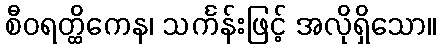
စီဝရတ္ထိကေန၊ သင်္ကန်းဖြင့် အလိုရှိသော။